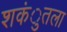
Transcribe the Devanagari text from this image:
शकंुतला